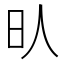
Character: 𣅁